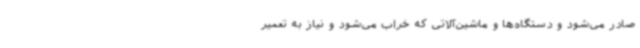
صادر می‌شود و دستگاه‌ها و ماشین‌آلاتی که خراب می‌شود و نیاز به تعمیر